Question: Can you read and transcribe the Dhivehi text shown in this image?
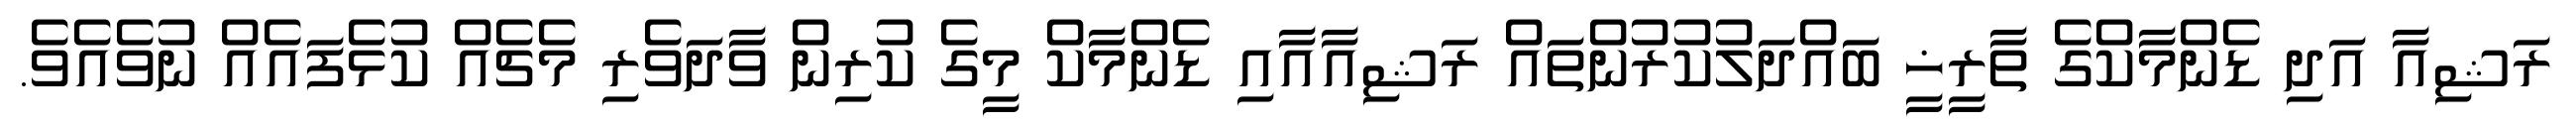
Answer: ރަޝިއާ އަދި ޑެންމާކްގެ ތާރީޚީ ބައްދަލުކުރުންތައް ރަޝިއާއާއި ޑެންމާކް މީގެ ކުރިން ވާދަވެރި މެޗެއް ކުޅެފައެއް ނުވެއެވެ.